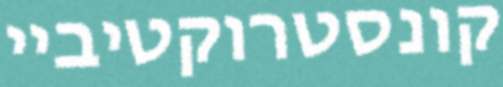
קונסטרוקטיביי